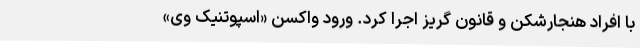
با افراد هنجارشکن و قانون گریز اجرا کرد. ورود واکسن «اسپوتنیک وی»